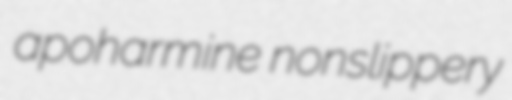
apoharmine nonslippery